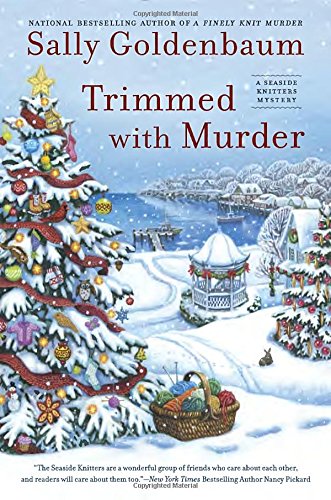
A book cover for Trimmed with Murder: A Seaside Knitters Mystery; Sally Goldenbaum; Mystery, Thriller & Suspense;